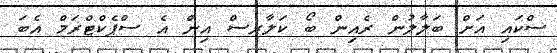
ސްކައި އަށް ބަލާލުން ރެއިން ބޯ ކަލާރސް އިން އެ ސްޕެކްޓްރަމް އެބަ